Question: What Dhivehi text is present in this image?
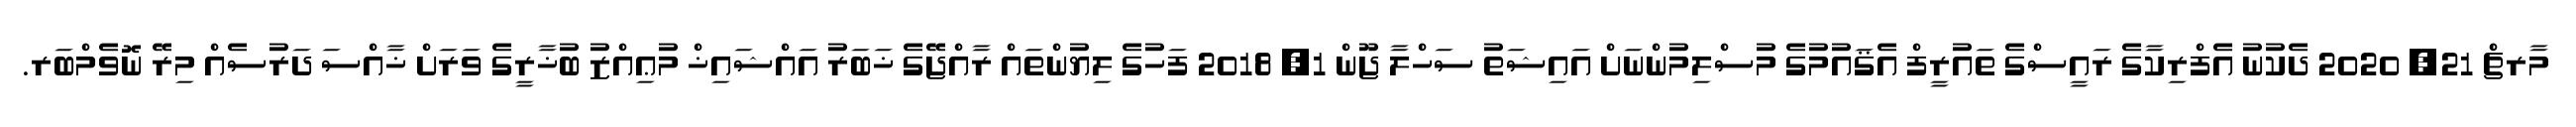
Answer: މާރޗް 21, 2020 ދެކުނު އެފްރިކާގެ ރައީސްގެ ތައުރީފް އެޤައުމުގެ މުސްލިމުންނަށް އައިޝަތު ސަހްލާ ޖޫން 1, 2018 ފަހުގެ ލިޔުންތައް ރާއްޖޭގެ ޚަބަރު އައްޝައިޚް މުޢިއްޒު ބުޚާރީގެ ވަރަށް ޚާއްސަ ދަރުސެއް މިރޭ ނޮވެމްބަރ.